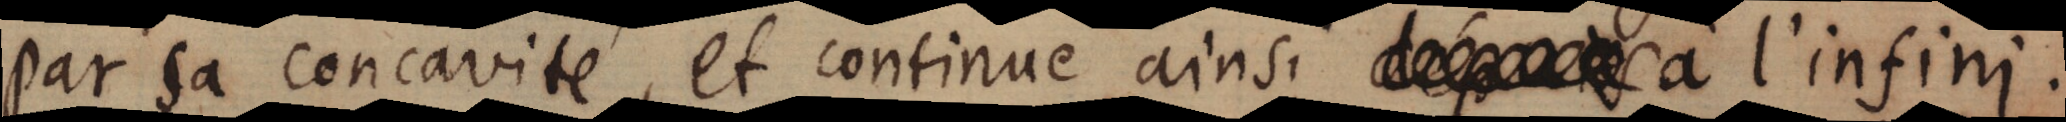
par sa concavité, et continue ainsi _ à l’infini.